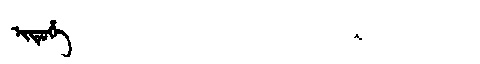
Manchu: ᡳᡩᡠᡥᡝ
Romanization: IDUHE